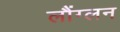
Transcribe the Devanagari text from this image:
लौंग्लन